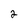
Character: 2